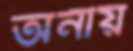
অনীয়